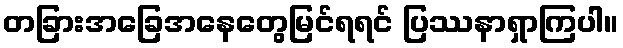
တခြားအခြေအနေတွေမြင်ရရင် ပြဿနာရှာကြပါ။